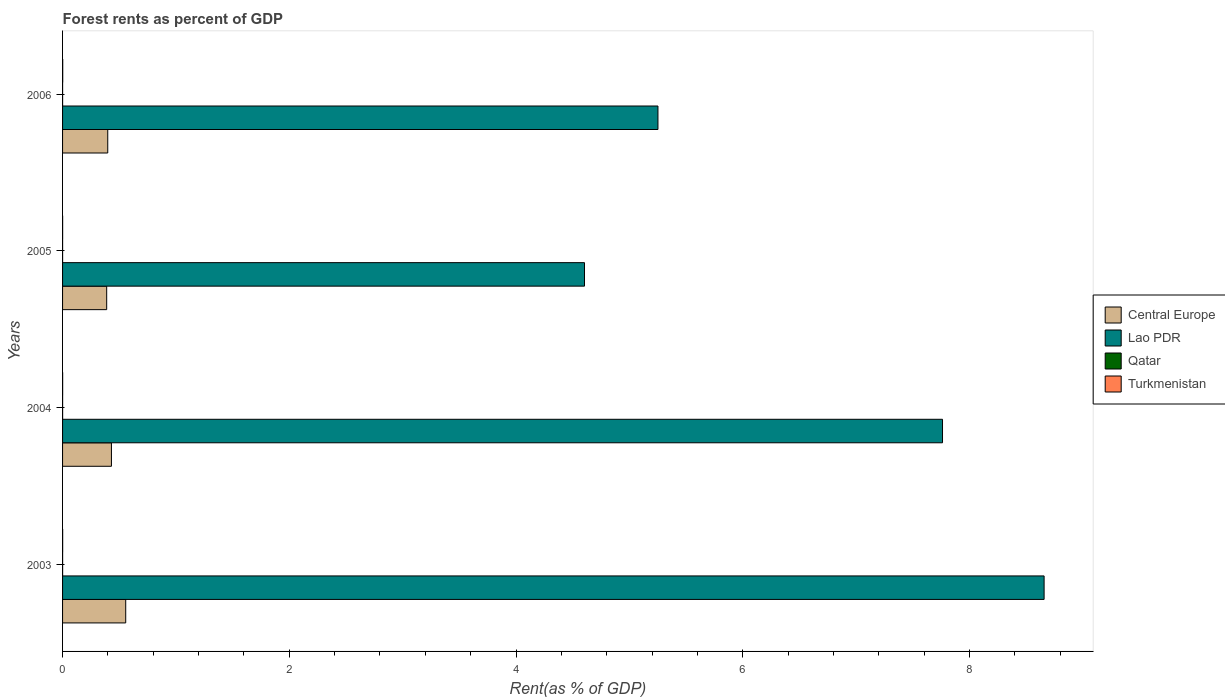
| Years | Central Europe | Lao PDR | Qatar | Turkmenistan |
 | --- | --- | --- | --- | --- |
 | 2003 | 0.557 | 8.66 | 0.000399 | 0.0008 |
 | 2004 | 0.431 | 7.76 | 0.000332 | 0.000615 |
 | 2005 | 0.389 | 4.6 | 0.000238 | 0.000549 |
 | 2006 | 0.399 | 5.25 | 0.000225 | 0.00136 |